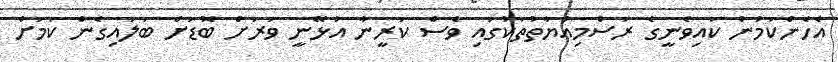
އެހެންކަމުން ކައިވެނީގެ ރަސްމިއްޔާތުތަކުގައި ވެސް ކަރީނާ އުޅޭނީ ވަރަށް ބޮޑަށް ބަލައިގެން ކަމަށް